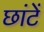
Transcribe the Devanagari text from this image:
छांटें